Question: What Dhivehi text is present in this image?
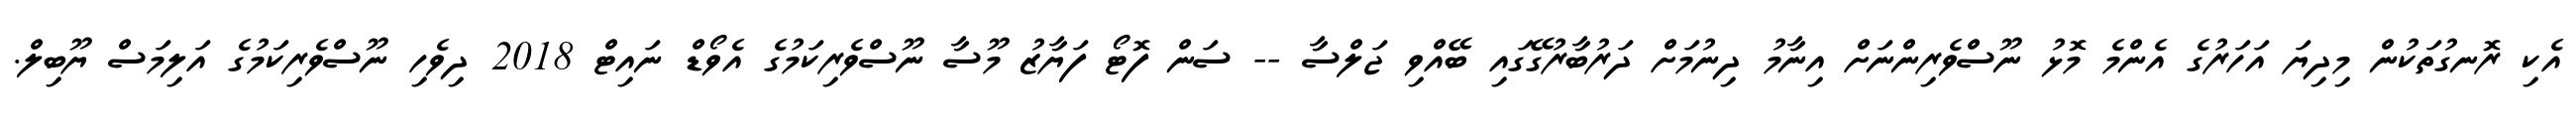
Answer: އެކި ރޮނގުތަކުން މިދިޔަ އަހަރުގެ އެންމެ މޮޅު ނޫސްވެރިންނަށް އިނާމު ދިނުމަށް ދަރުބާރުގޭގައި ބޭއްވި ޖަލްސާ -- ސަން ފޮޓޯ ފަޔާޒު މޫސާ ނޫސްވެރިކަމުގެ އެވޯޑް ނައިޓް 2018 ދިވެހި ނޫސްވެރިކަމުގެ އަލިމަސް ޔޫބިލް.